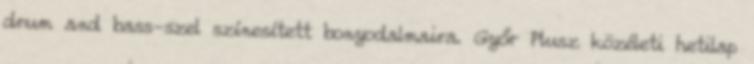
drum and bass-szel színesített bonyodalmaira. Győr Plusz közéleti hetilap